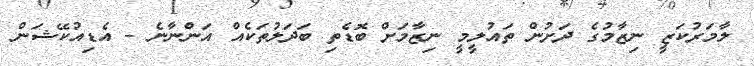
ލާމަރުކަޒީ ނިޒާމުގެ ދަށުން ތައުލީމީ ނިޒާމަށް ބޮޑެތި ބަދަލުތަކެއް އަންނާނެ - އެޑިއުކޭޝަން